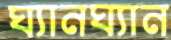
ঘ্যানঘ্যান